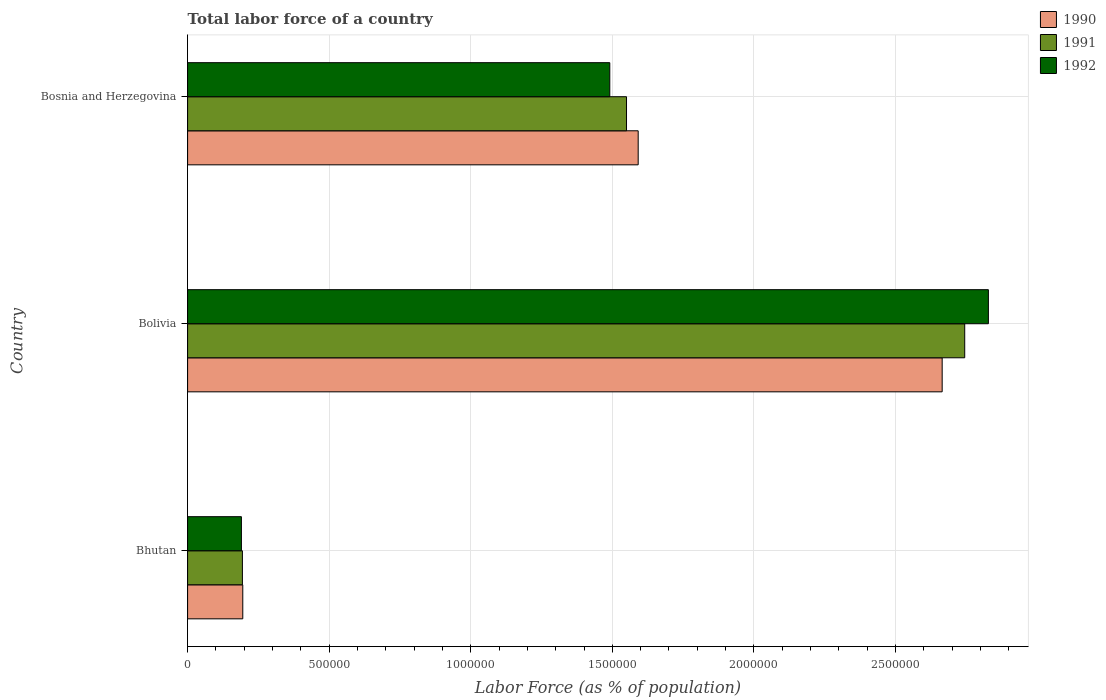
| Country | 1990 | 1991 | 1992 |
 | --- | --- | --- | --- |
 | Bhutan | 1.95e+05 | 1.94e+05 | 1.9e+05 |
 | Bolivia | 2.66e+06 | 2.74e+06 | 2.83e+06 |
 | Bosnia and Herzegovina | 1.59e+06 | 1.55e+06 | 1.49e+06 |